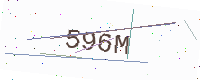
Text: 596M